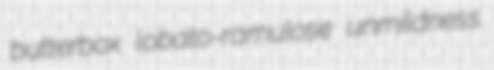
butterbox lobato-ramulose unmildness